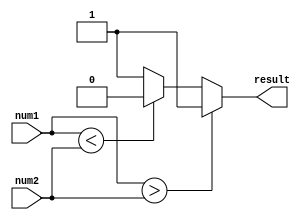
module InequalityComparator (
    input signed [7:0] num1,
    input signed [7:0] num2,
    output reg result
);

always @* begin
    if (num1 > num2) begin
        result = 1;
    end else if (num1 < num2) begin
        result = 0;
    end else begin
        result = 2'b01;
    end
end

endmodule